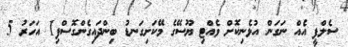
ސެލްފީ އެއް ނަގަން އުޅެނިކޮށް ވެއްޓި ޔޫސޭގެ މޭކަށިގަނޑު ބިންދައިގެންގޮސްފި1 އަހަރު 5